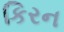
કિરન